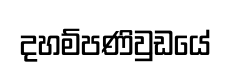
දහම්පණිවුඩයේ